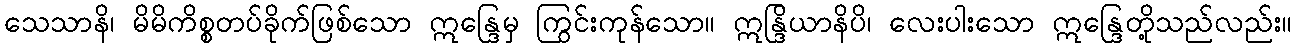
သေသာနိ၊ မိမိကိစ္စတပ်ခိုက်ဖြစ်သော ဣန္ဒြေမှ ကြွင်းကုန်သော။ ဣန္ဒြိယာနိပိ၊ လေးပါးသော ဣန္ဒြေတို့သည်လည်း။